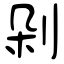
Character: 剁